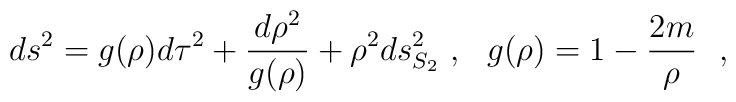
ds^2=g(\rho )d\tau^2+{d\rho^2\over g(\rho )}+\rho^2 ds^2_{S_2}~, ~~g(\rho )=1-{2m\over \rho }~~,